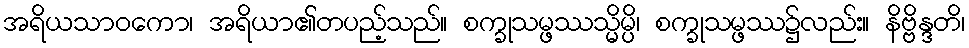
အရိယသာဝကော၊ အရိယာ၏တပည့်သည်။ စက္ခုသမ္ဖဿသ္မိမ္ပိ၊ စက္ခုသမ္ဖဿ၌လည်း။ နိဗ္ဗိန္ဒတိ၊